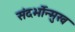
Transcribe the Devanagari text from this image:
संदर्भोन्मुख